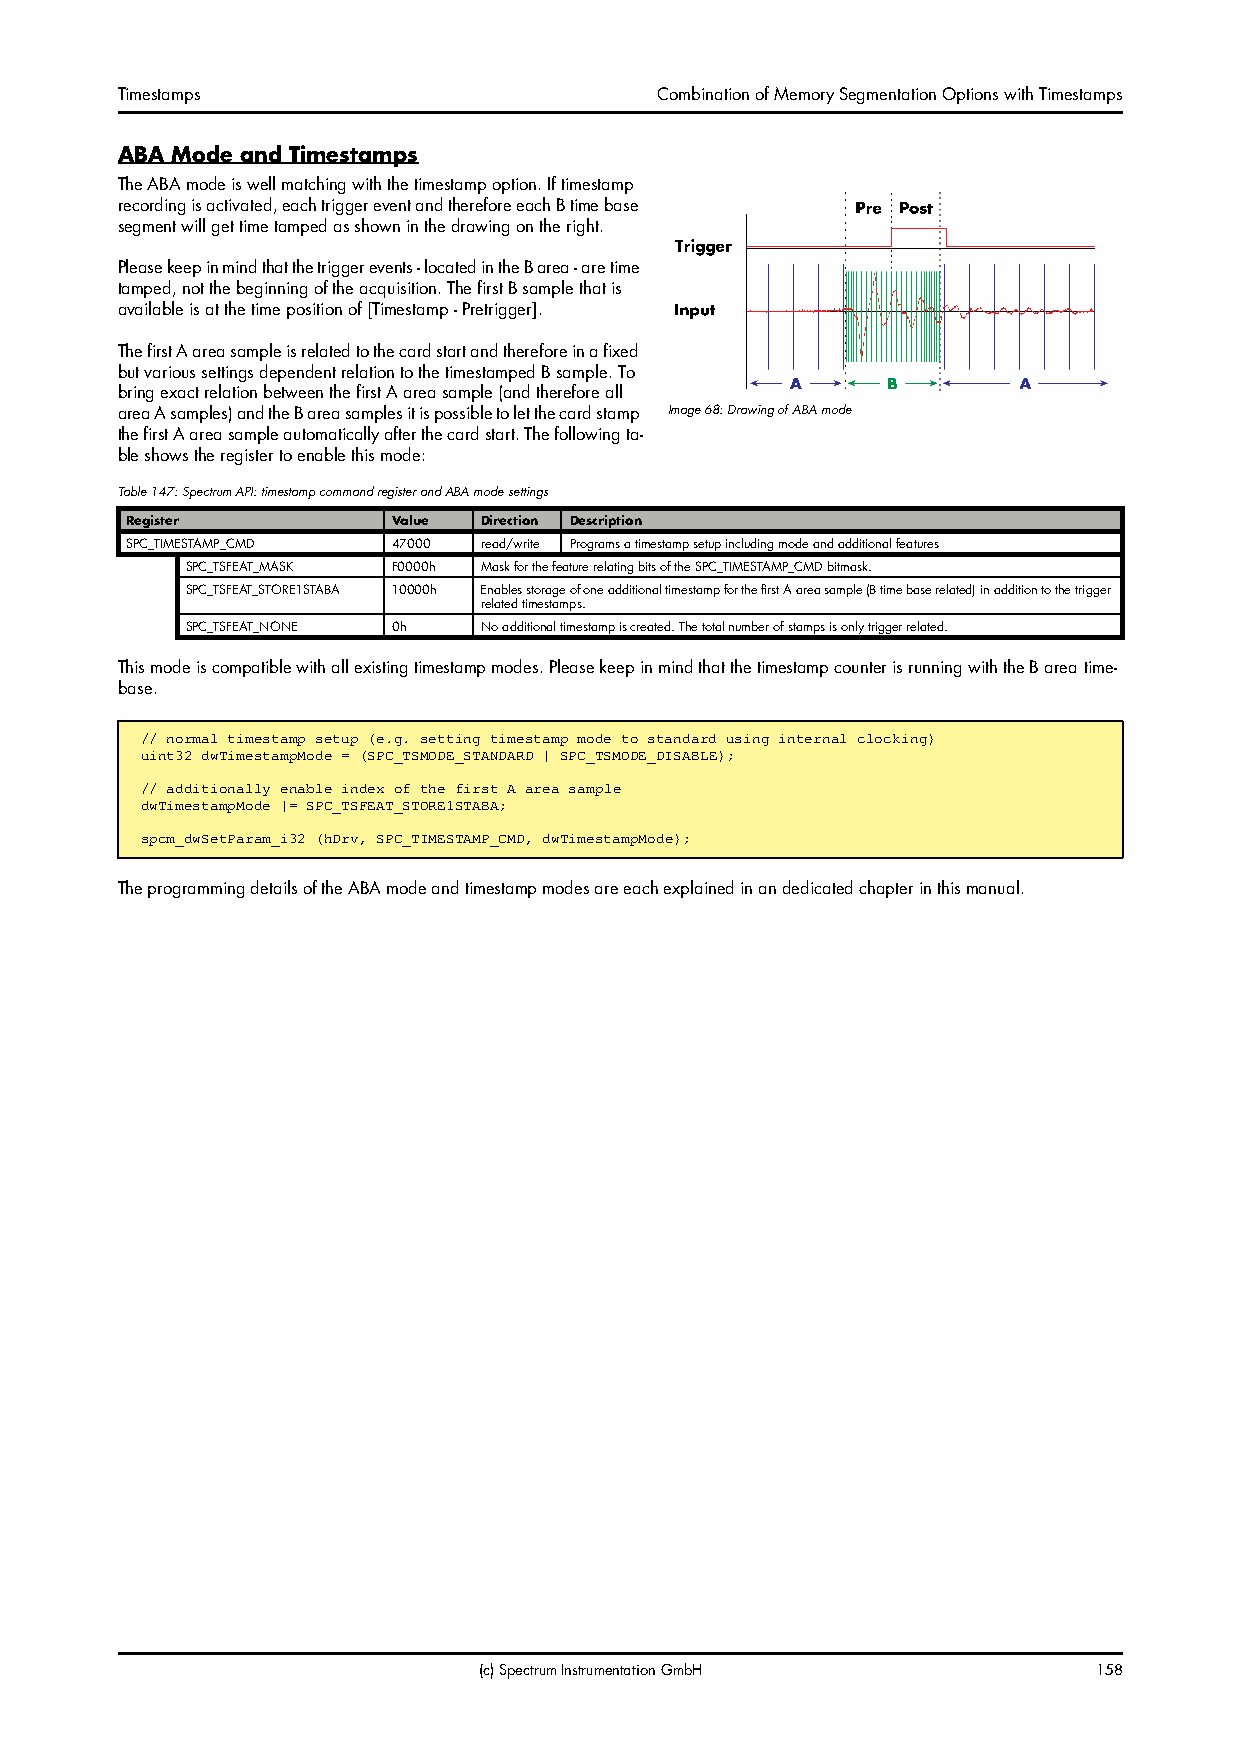
Timestamps                         Combination of Memory Segmentation Options with Timestamps
 ABA Mode and Timestamps
 The ABA mode is well matching with the timestamp option. If timestamp
 recording is activated, each trigger event and therefore each B time base
 segment will get time tamped as shown in the drawing on the right.
 Please keep in mind that the trigger events - located in the B area - are time
 tamped, not the beginning of the acquisition. The first B sample that is
 available is at the time position of [Timestamp - Pretrigger].
 The first A area sample is related to the card start and therefore in a fixed
 but various settings dependent relation to the timestamped B sample. To
 bring exact relation between the first A area sample (and therefore all
 area A samples) and the B area samples it is possible to let the card stamp Image 68: Drawing of ABA mode
 the first A area sample automatically after the card start. The following ta-
 ble shows the register to enable this mode:
 Table 147: Spectrum API: timestamp command register and ABA mode settings
 Register          Value Direction Description
 SPC_TIMESTAMP_CMD 47000 read/write Programs a timestamp setup including mode and additional features
 SPC_TSFEAT_MASK F0000h Mask for the feature relating bits of the SPC_TIMESTAMP_CMD bitmask.
 SPC_TSFEAT_STORE1STABA 10000h Enables storage of one additional timestamp for the first A area sample (B time base related) in addition to the trigger
 related timestamps.
 SPC_TSFEAT_NONE 0h  No additional timestamp is created. The total number of stamps is only trigger related.
 This mode is compatible with all existing timestamp modes. Please keep in mind that the timestamp counter is running with the B area time-
 base.
 // normal timestamp setup (e.g. setting timestamp mode to standard using internal clocking)
 uint32 dwTimestampMode = (SPC_TSMODE_STANDARD | SPC_TSMODE_DISABLE);
 // additionally enable index of the first A area sample
 dwTimestampMode |= SPC_TSFEAT_STORE1STABA;
 spcm_dwSetParam_i32 (hDrv, SPC_TIMESTAMP_CMD, dwTimestampMode);
 The programming details of the ABA mode and timestamp modes are each explained in an dedicated chapter in this manual.
 (c) Spectrum Instrumentation GmbH       158